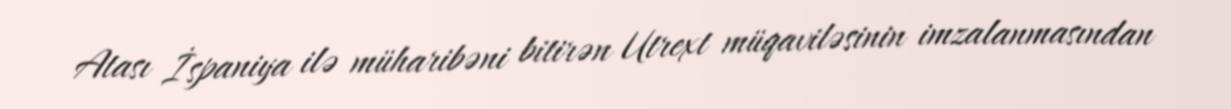
Atası İspaniya ilə müharibəni bitirən Utrext müqaviləsinin imzalanmasından